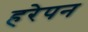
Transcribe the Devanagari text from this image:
हरेपन